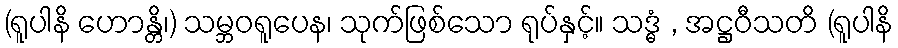
(ရူပါနိ ဟောန္တိ၊) သမ္ဘဝရူပေန၊ သုက်ဖြစ်သော ရုပ်နှင့်။ သဒ္ဓံ , အဋ္ဌဝီသတိ (ရူပါနိ